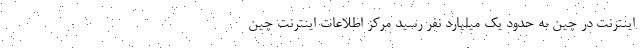
اینترنت در چین به حدود یک میلیارد نفر رسید مرکز اطلاعات اینترنت چین